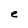
Character: e